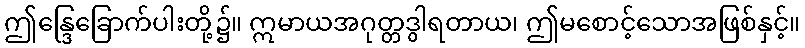
ဤန္ဒြေခြောက်ပါးတို့၌။ ဣမာယအဂုတ္တဒွါရတာယ၊ ဤမစောင့်သောအဖြစ်နှင့်။